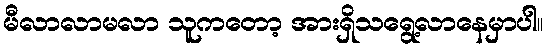
မီလာလာမလာ သူကတော့ အားရှိသရွေ့လာနေမှာပါ။